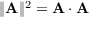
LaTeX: \| \mathbf { A } \| ^ { 2 } = \mathbf { A \cdot A }